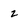
Character: z